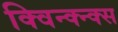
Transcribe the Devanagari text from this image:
क्विन्क्न्क्स